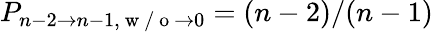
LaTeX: P_{n-2\to n-1,\mathrm{~w~/~o~}\to 0}=(n-2)/(n-1)